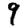
Digit: 9